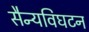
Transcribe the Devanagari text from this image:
सैन्यविघटन